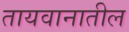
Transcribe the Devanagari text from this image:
तायवानातील